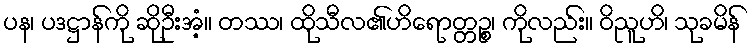
ပန၊ ပဒဋ္ဌာန်ကို ဆိုဦးအံ့။ တဿ၊ ထိုသီလ၏ဟိရောတ္တဉ္စ၊ ကိုလည်း။ ဝိညူဟိ၊ သုခမိန်